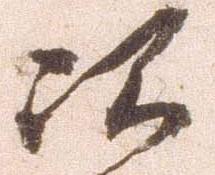
次